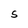
Character: S